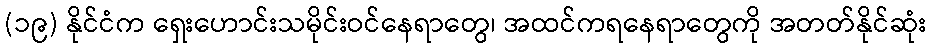
(၁၉) နိုင်ငံက ရှေးဟောင်းသမိုင်းဝင်နေရာတွေ၊ အထင်ကရနေရာတွေကို အတတ်နိုင်ဆုံး